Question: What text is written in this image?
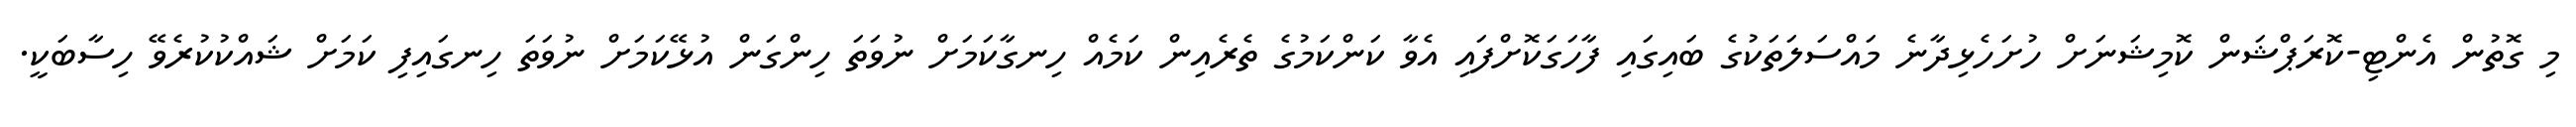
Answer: މި ގޮތުން އެންޓި-ކޮރަޕްޝަން ކޮމިޝަނަށް ހުށަހެޅިދާނެ މައްސަލަތަކުގެ ބައިގައި ފާހަގަކޮށްފައި އެވާ ކަންކަމުގެ ތެރެއިން ކަމެއް ހިނގާކަމަށް ނުވަތަ ހިންގަން އުޅޭކަމަށް ނުވަތަ ހިނގައިފި ކަމަށް ޝައްކުކުރެވޭ ހިސާބަކީ.